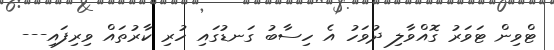
ޓްވިން ޓަވަރު ގޮއްވާލި ދުވަހު އެ ހިސާބު ގަނޑުގައި ހުރި ކާރުތައް ވިރިފައި---